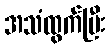
အသံထွက်ပြီး